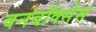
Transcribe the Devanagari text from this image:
वनबॉक्सेस